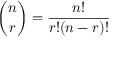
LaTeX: { \binom { n } { r } } = { \frac { n ! } { r ! ( n - r ) ! } }